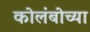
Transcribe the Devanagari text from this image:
कोलंबोच्या